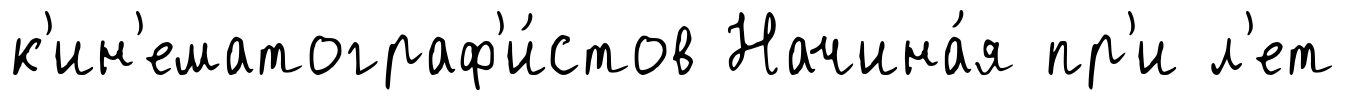
к'ин'ематограф'и́стов Начина́я пр'и л'ет